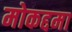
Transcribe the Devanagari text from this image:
मोकद्दमा